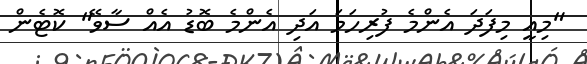
"މިއީ މިފަދަ އެންމެ ފުރިހަމަ އަދި އެންމެ ބޮޑު އެއް ސާވޭ" ކޮޓެން